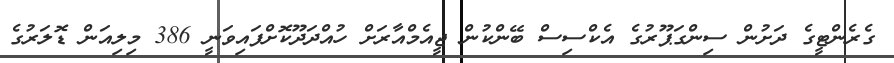
ގެރެންޓީގެ ދަށުން ސިންގަޕޫރުގެ އެކްސިސް ބޭންކުން ޖީއެމްއާރަށް ހުއްދަދޫކޮށްފައިވަނީ 386 މިލިއަން ޑޮލަރުގެ